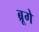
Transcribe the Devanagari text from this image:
ब्रूगे